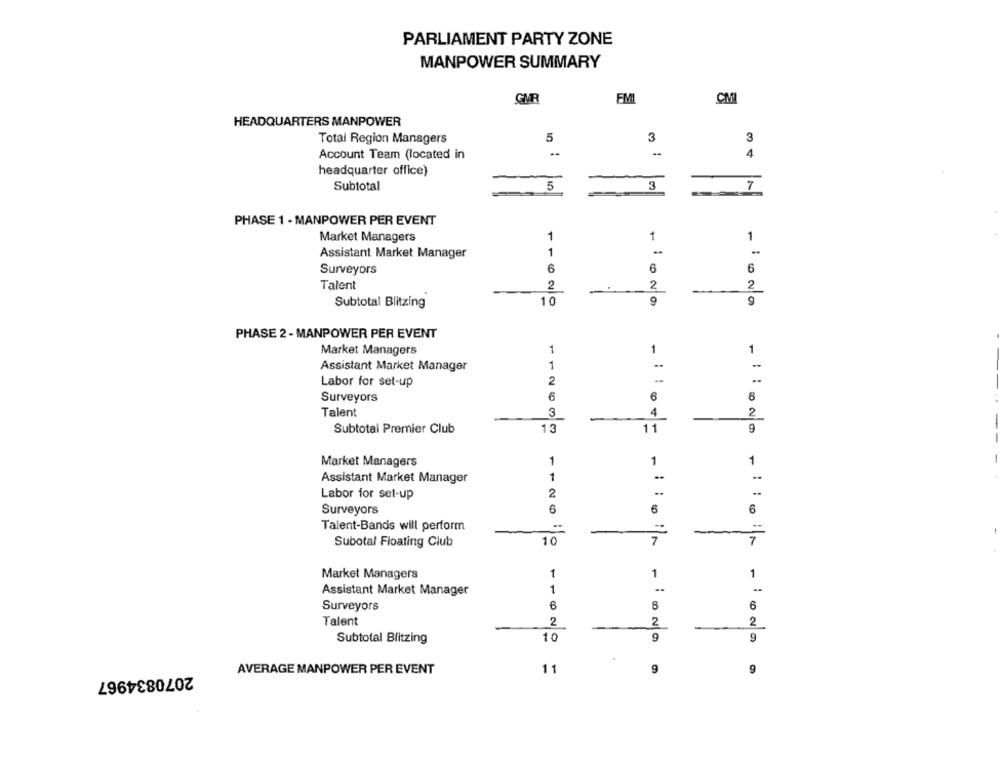
PARLIAMENT PARTY ZONE
MANPOWER SUMMARY
GUR
EM
CMI
HEADQUARTERS MANPOWER
5
3
Total Region Managers
3
4
Account Team (located in
headquarter office)
Subtotal
5
3
7
PHASE 1 - MANPOWER PER EVENT
Market Managers
1
1
1
Assistant Market Manager
1
-
6
6
Surveyors
6
Talent
2
2
2
Subtotal Blitzing
10
9
9
PHASE 2 - MANPOWER PER EVENT
Market Managers
1
1
1
Assistant Market Manager
1
Labor for set-up
2
Surveyors
6
6
6
Talent
4
2
11
Subtotal Premier Club
13
Market Managers
1
1
1
Assistant Market Manager
..
Labor for set-up
2
Surveyors
6
6
Talent-Bands will perform
=
Subotal Floating Club
10
7
Market Managers
1
1
1
1
Assistant Market Manager
Surveyors
6
6
6
Talent
2
2
2
Subtotal Blitzing
10
9
2070834967
AVERAGE MANPOWER PER EVENT
11
9
9